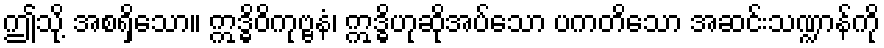
ဤသို့ အစရှိသော။ ဣဒ္ဓိဝိကုဗ္ဗနံ၊ ဣဒ္ဓိဟုဆိုအပ်သော ပကတိသော အဆင်းသဏ္ဍာန်ကို